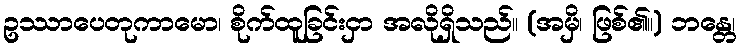
ဥဿာပေတုကာမော၊ စိုက်ထူခြင်းငှာ အလိုရှိသည်။ (အမှိ၊ ဖြစ်၏။) ဘန္တေ၊